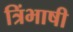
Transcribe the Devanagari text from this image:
त्रिंभाषी